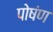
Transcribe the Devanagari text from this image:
पोषंण